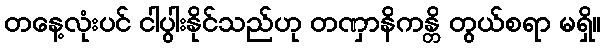
တနေ့လုံးပင် ငါပွါးနိုင်သည်ဟု တဏှာနိကန္တိ တွယ်စရာ မရှိ။